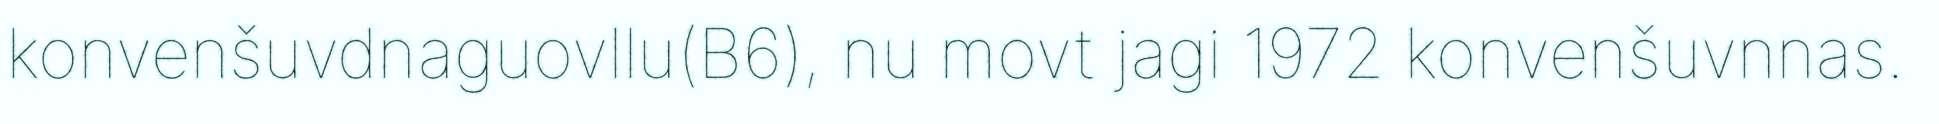
konvenšuvdnaguovllu(B6), nu movt jagi 1972 konvenšuvnnas.